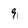
Character: 9